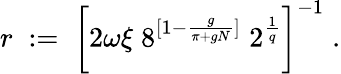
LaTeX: r\; :=\; \bigg[2\omega\xi\; 8^{[1-\frac{g}{\pi+gN}]}\; 2^{\frac{1}{q}}\bigg]^{-1}\; .